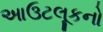
આઉટલૂકનો